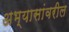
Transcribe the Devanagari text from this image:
अभ्यासांवरील